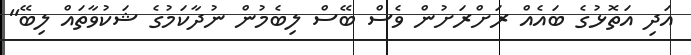
އަދި އަތޮޅުގެ ބައެއް ރަށްރަށުން ވެސް ބޭސް ލިބެމުން ނުދާކަމުގެ ޝަކުވާތައް ލިބޭ''